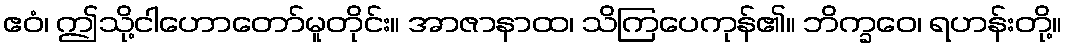
ဧဝံ၊ ဤသို့ငါဟောတော်မူတိုင်း။ အာဇာနာထ၊ သိကြပေကုန်၏။ ဘိက္ခဝေ၊ ရဟန်းတို့။